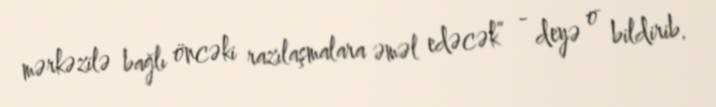
mərkəzilə bağlı öncəki razılaşmalara əməl edəcək” - deyə o bildirib.